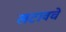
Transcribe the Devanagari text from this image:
खटावचे